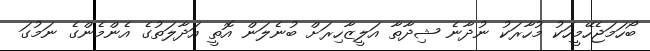
ބޯހަމަޖެހޭމީހަކު މުހާރަކު ނުދާނެ ޝިދާތާ އަލީޒާހިރަށް ބުނެލަން އޮތީ އަދާލަތުގެ އެންމެންގެ ނަމުގަ